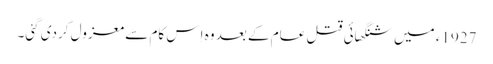
1927ء میں شنگھائی قتل عام کے بعد وہ اِس کام سے معزول کردی گئی۔